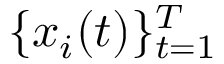
\{ x _ { i } ( t ) \} _ { t = 1 } ^ { T }